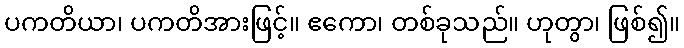
ပကတိယာ၊ ပကတိအားဖြင့်။ ဧကော၊ တစ်ခုသည်။ ဟုတွာ၊ ဖြစ်၍။